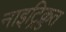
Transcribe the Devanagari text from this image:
नाइट्रिक्रुत